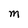
Character: M